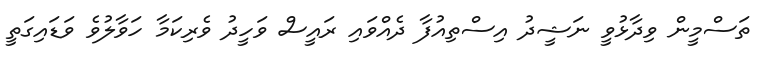
ތަސްމީން ވިދާޅުވީ ނަޝީދު އިސްތިއުފާ ދެއްވައި ރައީސް ވަހީދު ވެރިކަމާ ހަވާލުވެ ވަޑައިގަތީ